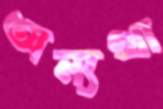
অন্যথা